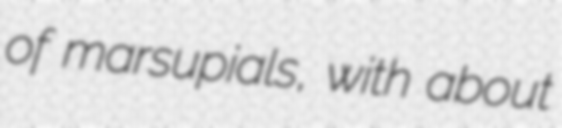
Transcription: of marsupials, with about